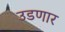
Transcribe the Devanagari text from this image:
उडणार